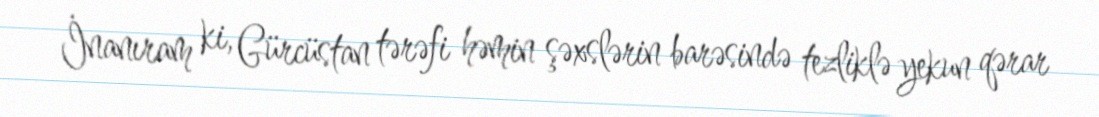
İnanıram ki, Gürcüstan tərəfi həmin şəxslərin barəsində tezliklə yekun qərar